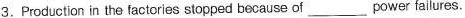
3. Production in the factories stopped because of ___ power failures.